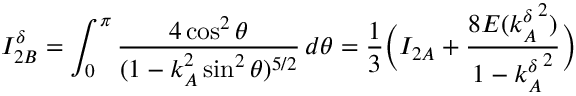
I _ { 2 B } ^ { \delta } = \int _ { 0 } ^ { \pi } \frac { 4 \cos ^ { 2 } \theta } { ( 1 - k _ { A } ^ { 2 } \sin ^ { 2 } \theta ) ^ { 5 / 2 } } \, d \theta = \frac { 1 } { 3 } \Big ( I _ { 2 A } + \frac { 8 E ( { k _ { A } ^ { \delta } } ^ { 2 } ) } { 1 - { k _ { A } ^ { \delta } } ^ { 2 } } \Big )